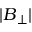
| \boldsymbol { B } _ { \perp } |